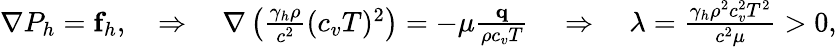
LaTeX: \begin{array}{r}{\nabla P_{h}=\mathbf f_{h},\quad\Rightarrow\quad\nabla\left(\frac{\gamma_{h}\rho}{c^{2}}(c_{v}T)^{2}\right)=-\mu\frac{\mathbf q}{\rho c_{v}T}\quad\Rightarrow\quad\lambda=\frac{\gamma_{h}\rho^{2}c_{v}^{2}T^{2}}{c^{2}\mu}>0,}\end{array}